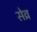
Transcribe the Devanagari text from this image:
सेव्र